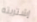
إشتريته